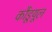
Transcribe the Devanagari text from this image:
कौंडूयूल